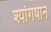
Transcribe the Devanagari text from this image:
श्यांगषान